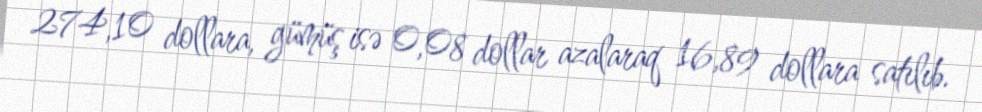
274,10 dollara, gümüş isə 0,08 dollar azalaraq 16,89 dollara satılıb.